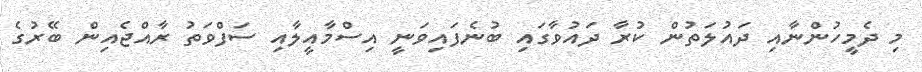
މި ދެމީހުންނާއި ދައުލަތުން ކުރާ ދައުވާގައި ބުނެފައިވަނީ އިސްމާއީލާއި ސަފްވަތު ރާއްޖެއިން ބޭރުގެ